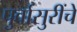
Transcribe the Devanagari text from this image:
पुर्वासुरींचे